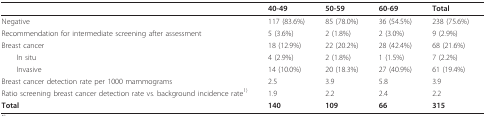
|  | 40-49 | 50-59 | 60-69 | Total |
 | --- | --- | --- | --- | --- |
 | Negative | 117 (83.6%) | 85 (78.0%) | 36 (54.5%) | 238 (75.6%) |
 | Recommendation for intermediate screening after assessment | 5 (3.6%) | 2 (1.8%) | 2 (3.0%) | 9 (2.9%) |
 | Breast cancer | 18 (12.9%) | 22 (20.2%) | 28 (42.4%) | 68 (21.6%) |
 | In situ | 4 (2.9%) | 2 (1.8%) | 1 (1.5%) | 7 (2.2%) |
 | Invasive | 14 (10.0%) | 20 (18.3%) | 27 (40.9%) | 61 (19.4%) |
 | Breast cancer detection rate per 1000 mammograms | 2.5 | 3.9 | 5.8 | 3.9 |
 | Ratio screening breast cancer detection rate vs. background incidence rate1) | 1.9 | 2.2 | 2.4 | 2.2 |
 | Total | 140 | 109 | 66 | 315 |